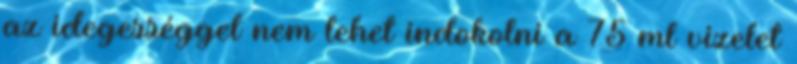
az idegességgel nem lehet indokolni a 75 ml vizelet